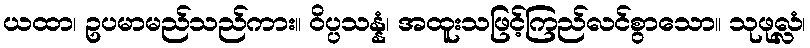
ယထာ၊ ဥပမာမည်သည်ကား။ ဝိပ္ပသန္နံ၊ အထူးသဖြင့်ကြည်လင်စွာသော။ သုဖုလ္လံ၊